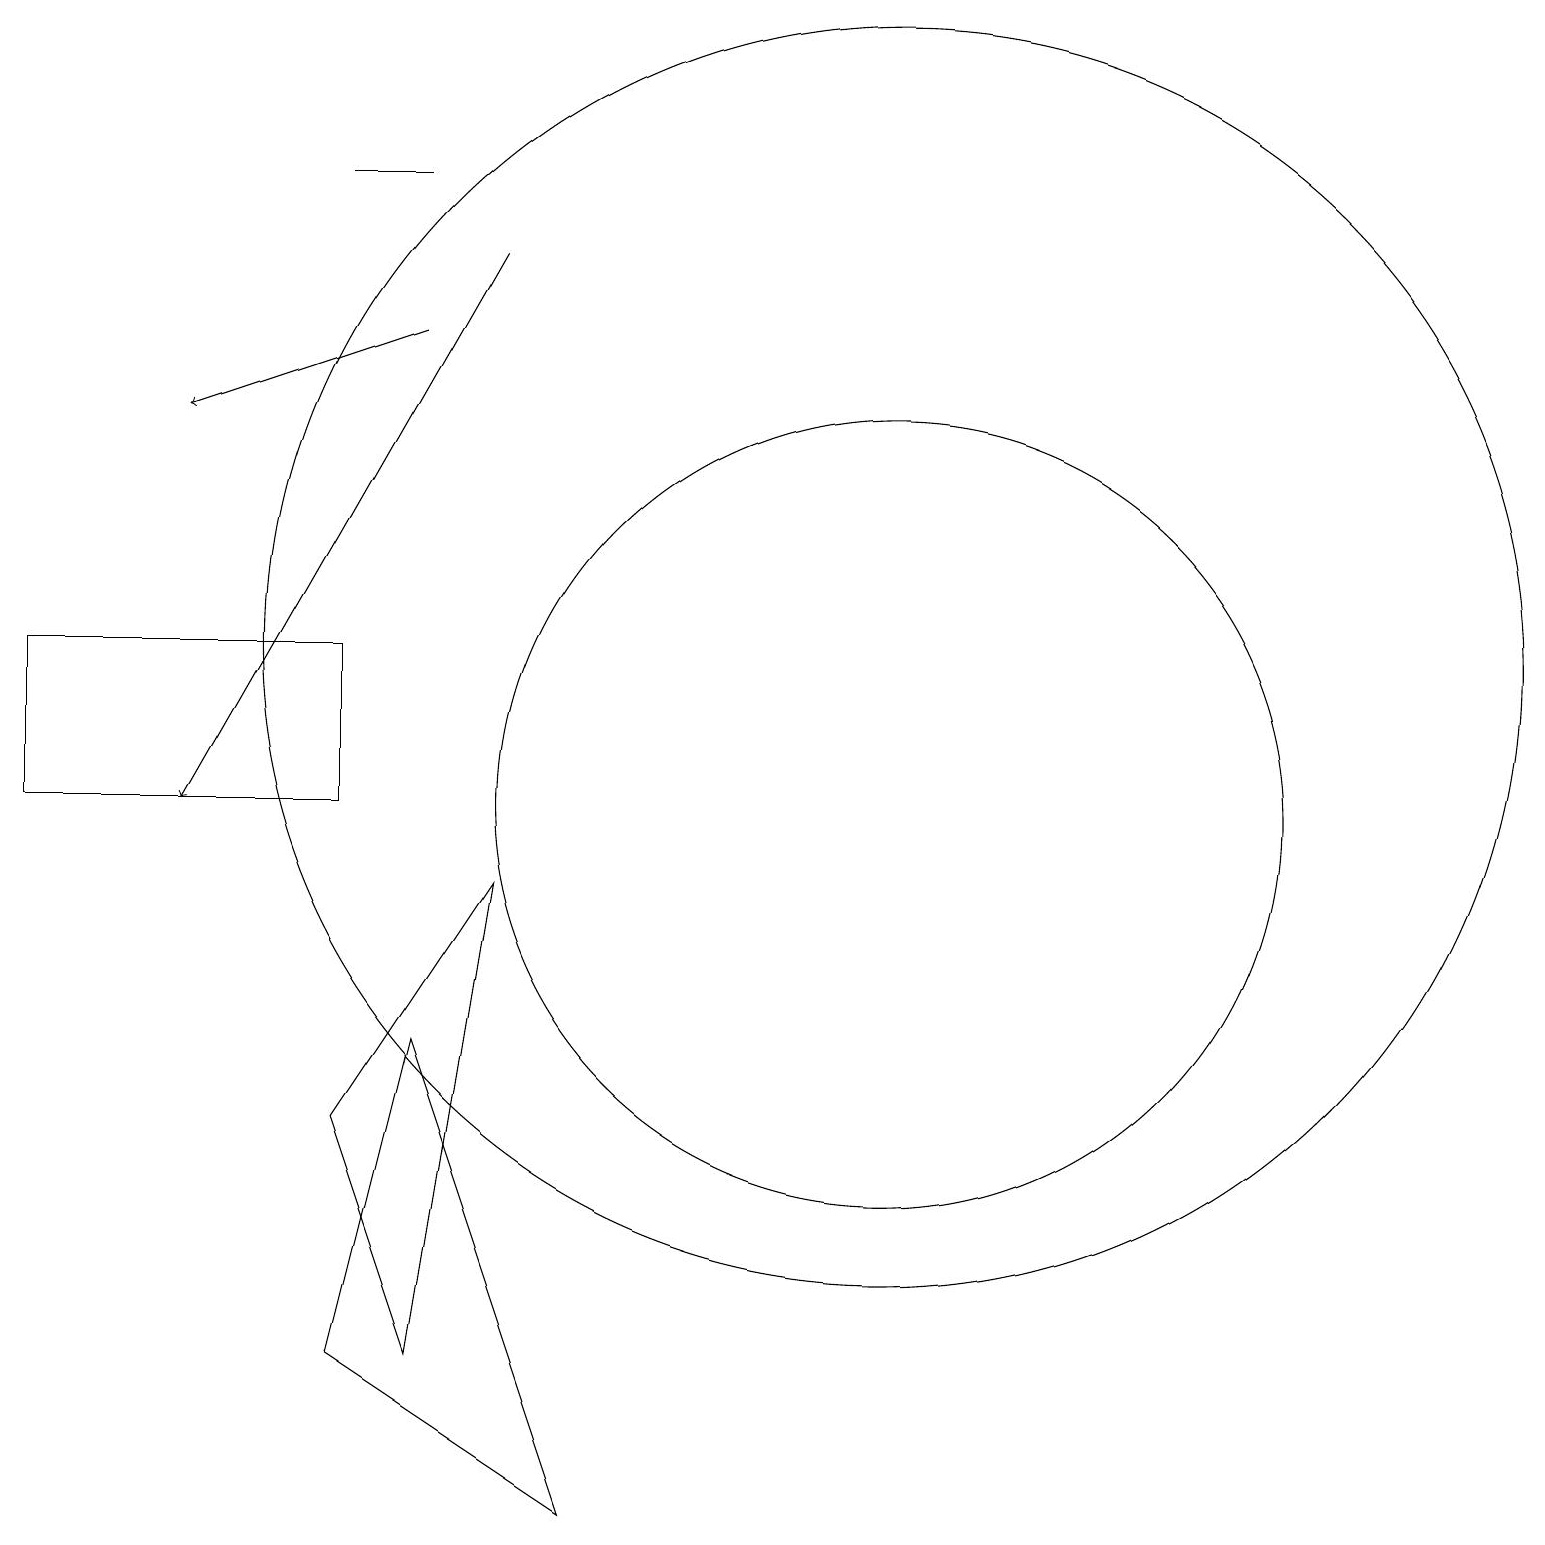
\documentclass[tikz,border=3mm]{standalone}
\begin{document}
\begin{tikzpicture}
\draw[->] (6,17) -- (2,10);
\draw (11,10) circle (5);
\draw (4,12) rectangle (0,10);
\draw (6,9) -- (4,6) -- (5,3) -- cycle;
\draw (5,7) -- (7,1) -- (4,3) -- cycle;
\draw (4,18) rectangle (5,18);
\draw[->] (5,16) -- (2,15);
\draw (11,12) circle (8);
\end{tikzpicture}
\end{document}